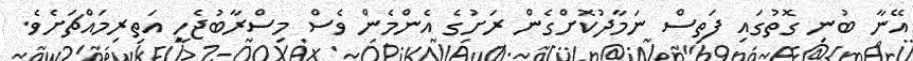
އޭނާ ބުނި ގޮތުގައި ފަތިސް ނަމާދުކޮށްގެން ރަށުގެ އެންމެން ވެސް މިސްރާބުޖެހީ އަތިރިމައްޗަށެވެ.